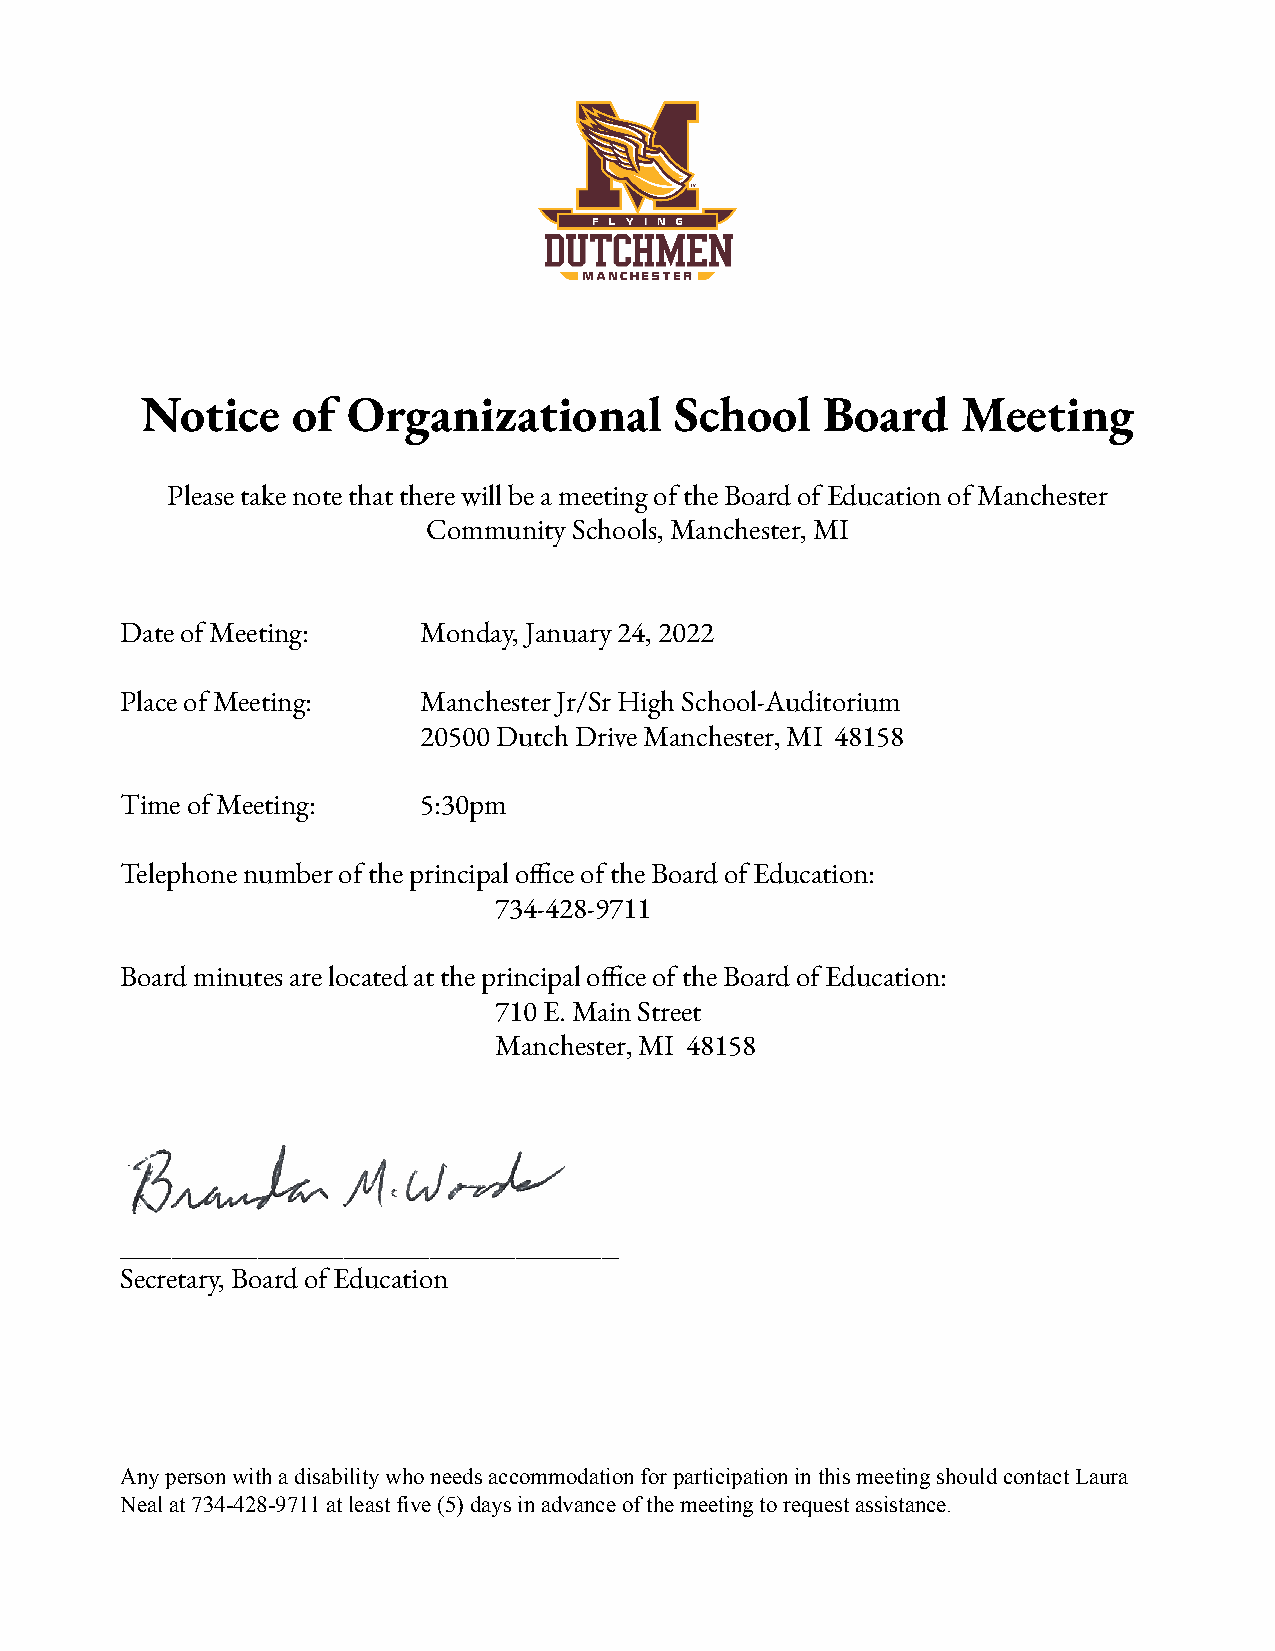
Notice    of  Organizational        School   Board     Meeting
 Please take note that there will be a meeting of the Board of Education of Manchester
 Community Schools, Manchester, MI
 Date of Meeting:    Monday, January 24, 2022
 Place of Meeting:   Manchester Jr/Sr High School-Auditorium
 20500 Dutch Drive Manchester, MI 48158
 Time of Meeting:    5:30pm
 Telephone number of the principal oce of the Board of Education:
 734-428-9711
 Board minutes are located at the principal oce of the Board of Education:
 710 E. Main Street
 Manchester, MI 48158
 _____________________________
 Secretary, Board of Education
 Any person with a disability who needs accommodation for participation in this meeting should contact Laura
 Neal at 734-428-9711 at least five (5) days in advance of the meeting to request assistance.